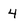
Character: 4